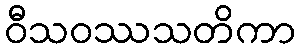
ဝီသဝဿသတိကာ